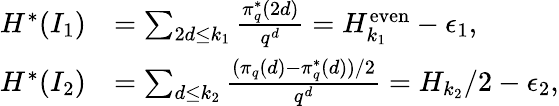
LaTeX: \begin{array}{rl}{H^{*}(I_{1})}&{=\sum_{2d\le k_{1}}\frac{\pi_{q}^{*}(2d)}{q^{d}}=H_{k_{1}}^{\mathrm{even}}-\epsilon_{1},}\\ {H^{*}(I_{2})}&{=\sum_{d\le k_{2}}\frac{(\pi_{q}(d)-\pi_{q}^{*}(d))/2}{q^{d}}=H_{k_{2}}/2-\epsilon_{2},}\end{array}